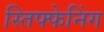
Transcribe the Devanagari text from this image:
स्तिफ्फेनिंग